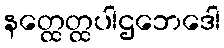
နတ္ထေတ္ထပါဌဘေဒေါ